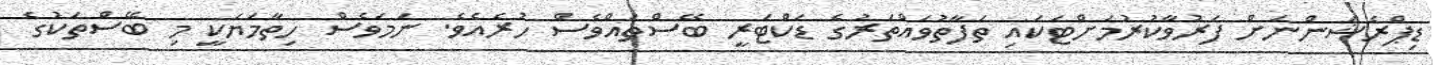
ޑިޕްރެޝަންނަށް ފަރުވާކުރުމަށްޓަކައި ތަފާތުވައްތަރުގެ ޑަކްޓަރީ ބޭސްތައްވެސް ހުރެއެވެ. ނަމަވެސް ހިތާމަޔަކީ މި ބޭސްތަކުގެ